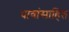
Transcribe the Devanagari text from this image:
धावांसाहित